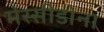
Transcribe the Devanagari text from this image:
मेस्सीडोना